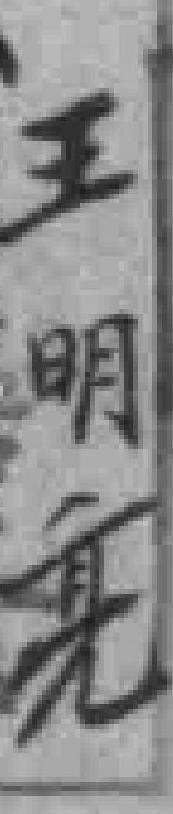
王明𠅙